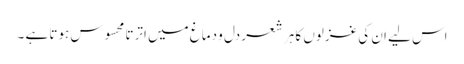
اس لیے ان کی غزلوں کا ہر شعر دل و دماغ میں اترتا محسوس ہوتا ہے ۔